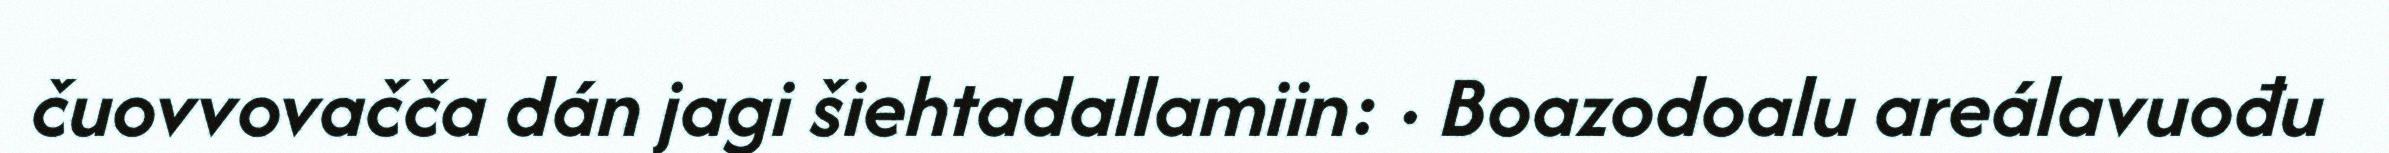
čuovvovačča dán jagi šiehtadallamiin: · Boazodoalu areálavuođu